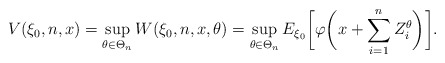
\begin{align*}V(\xi_0,n,x)=\sup_{\theta\in \Theta_n} W(\xi_0,n,x,\theta)=\sup_{\theta\in \Theta_n} E_{\xi_0}\biggl[\varphi\biggl(x+\sum_{i=1}^{n} Z_i^\theta\biggr)\biggr].\end{align*}